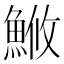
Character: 䱔